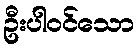
ဦးပါဝင်သော